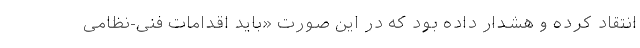
انتقاد کرده و هشدار داده بود که در این صورت «باید اقدامات فنی-نظامی